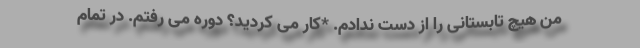
من هیچ تابستانی را از دست ندادم. *کار می کردید؟ دوره می رفتم. در تمام